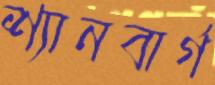
শ্যানবার্গ